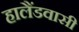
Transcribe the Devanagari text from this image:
हालैंडवासी